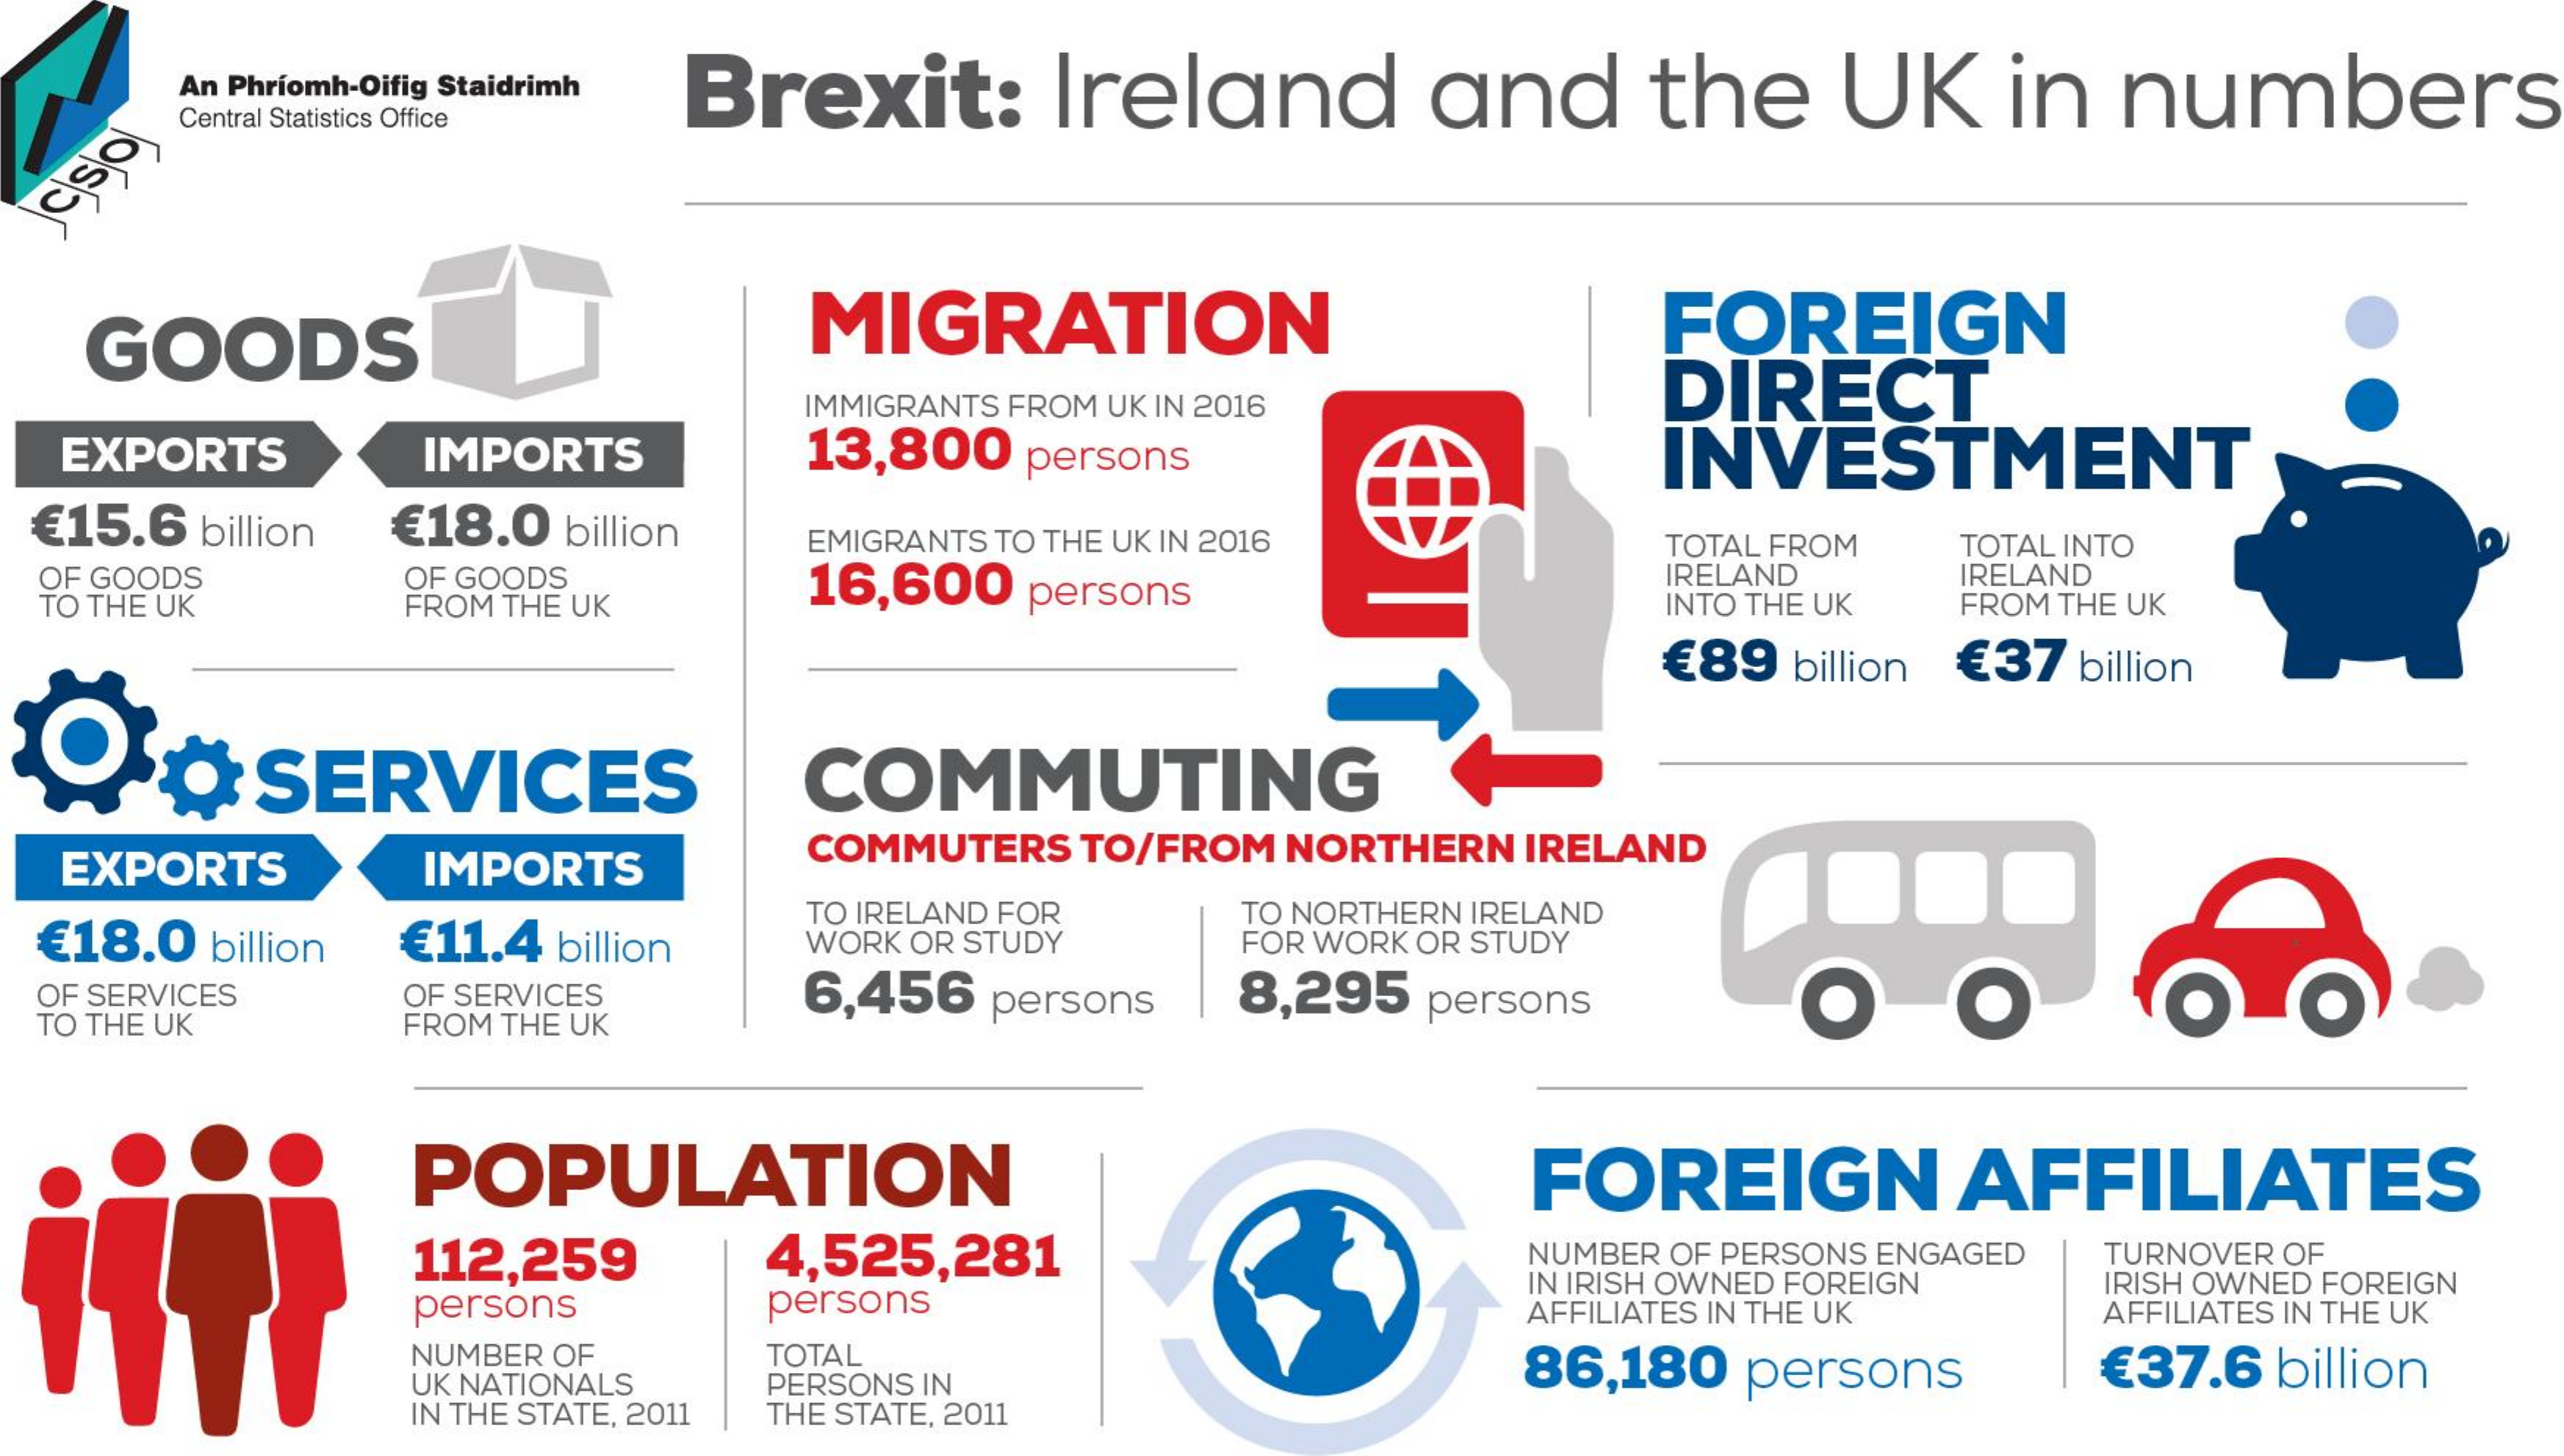
An Phriomh-Oifig Staidrimh Brexit: Ireland and the UK in numbers
     Central Statistics Office
  ciso
   GOODS    MIGRATION    FOREIGN
     DIRECT IMMIGRANTS FROM UK IN 2016
  EXPORTS  IMPORTS    13,800 persons    INVESTMENT
  € 15.6 billion € 18.0 billion EMIGRANTS TO THE UK IN 2016 TOTAL INTO
  OF GOODS    16,600 persons
     TOTAL FROM
     OF GOODS
     FROM THE UK
     IRELAND IRELAND
  TO THE UK    INTO THE UK FROM THE UK
     € 89 billion € 37 billion
     SERVICES    COMMUTING
  EXPORTS   IMPORTS
     COMMUTERS TO/FROM NORTHERN IRELAND
  € 18.0 billion € 11.4 billion
     TO IRELAND FOR
     WORK OR STUDY
     TO NORTHERN IRELAND
     FOR WORK OR STUDY
  OF SERVICES OF SERVICES 6,456 persons 8,295 persons
  TO THE UK FROM THE UK
     POPULATION    FOREIGN    AFFILIATES
     112,259   4,525,281    NUMBER OF PERSONS ENGAGED TURNOVER OF
     persons   persons
     IN IRISH OWNED FOREIGN
     AFFILIATES IN THE UK
     IRISH OWNED FOREIGN
     AFFILIATES IN THE UK
     NUMBER OF TOTAL    € 37.6 billion
     UK NATIONALS PERSONS IN
     86,180 persons
     IN THE STATE, 2011 THE STATE, 2011